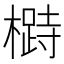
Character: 𱤡